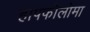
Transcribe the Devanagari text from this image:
हापफोलोमा